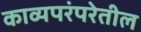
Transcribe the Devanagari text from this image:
काव्यपरंपरेतील